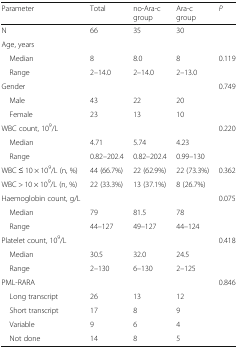
<table><thead><tr><td><b>Parameter</b></td><td><b>Total</b></td><td><b>no-Ara-c group</b></td><td><b>Ara-c group</b></td><td><b><i>P</i></b></td></tr></thead><tbody><tr><td>N</td><td>66</td><td>35</td><td>30</td><td></td></tr><tr><td colspan="5">Age, years</td></tr><tr><td> Median</td><td>8</td><td>8.0</td><td>8</td><td>0.119</td></tr><tr><td> Range</td><td>2–14.0</td><td>2–14.0</td><td>2–13.0</td><td></td></tr><tr><td>Gender</td><td></td><td></td><td></td><td>0.749</td></tr><tr><td> Male</td><td>43</td><td>22</td><td>20</td><td></td></tr><tr><td> Female</td><td>23</td><td>13</td><td>10</td><td></td></tr><tr><td>WBC count, 10<sup>9</sup>/L</td><td></td><td></td><td></td><td>0.220</td></tr><tr><td> Median</td><td>4.71</td><td>5.74</td><td>4.23</td><td></td></tr><tr><td> Range</td><td>0.82–202.4</td><td>0.82–202.4</td><td>0.99–130</td><td></td></tr><tr><td>WBC ≤ 10 × 10<sup>9</sup>/L (n, %)</td><td>44 (66.7%)</td><td>22 (62.9%)</td><td>22 (73.3%)</td><td>0.362</td></tr><tr><td>WBC &gt; 10 × 10<sup>9</sup>/L (n, %)</td><td>22 (33.3%)</td><td>13 (37.1%)</td><td>8 (26.7%)</td><td></td></tr><tr><td>Haemoglobin count, g/L</td><td></td><td></td><td></td><td>0.075</td></tr><tr><td> Median</td><td>79</td><td>81.5</td><td>78</td><td></td></tr><tr><td> Range</td><td>44–127</td><td>49–127</td><td>44–124</td><td></td></tr><tr><td>Platelet count, 10<sup>9</sup>/L</td><td></td><td></td><td></td><td>0.418</td></tr><tr><td> Median</td><td>30.5</td><td>32.0</td><td>24.5</td><td></td></tr><tr><td> Range</td><td>2–130</td><td>6–130</td><td>2–125</td><td></td></tr><tr><td>PML-RARA</td><td></td><td></td><td></td><td>0.846</td></tr><tr><td> Long transcript</td><td>26</td><td>13</td><td>12</td><td></td></tr><tr><td> Short transcript</td><td>17</td><td>8</td><td>9</td><td></td></tr><tr><td> Variable</td><td>9</td><td>6</td><td>4</td><td></td></tr><tr><td> Not done</td><td>14</td><td>8</td><td>5</td><td></td></tr></tbody></table>